Indian journal of veterinary science and animal husbandry - Volumes 15-17, 1948-1951
Year: 1948
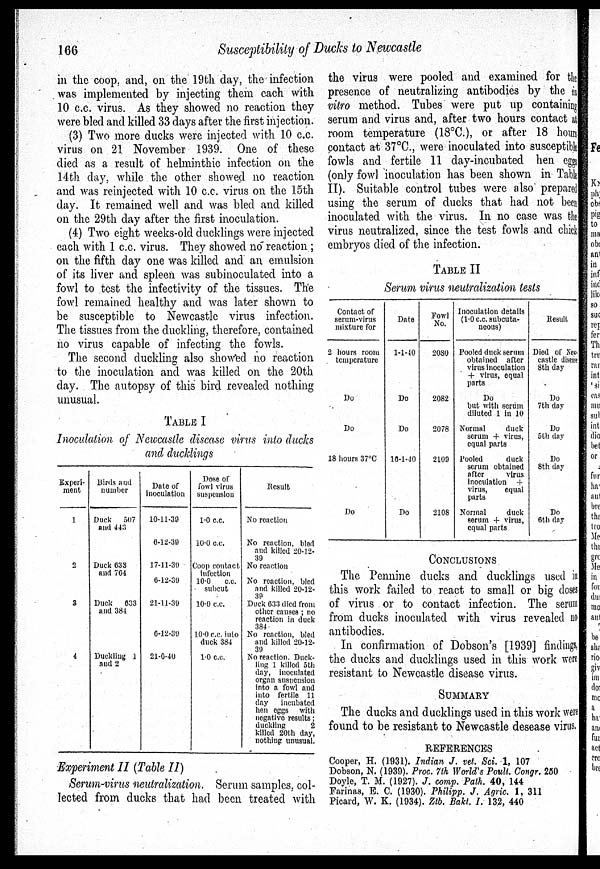
166
Susceptibility of Ducks to Newcastle
in the coop, and, on the 19th day, the infection
was implemented by injecting them each with
10 c.c. virus. As they showed no reaction they
were bled and killed 33 days after the first injection.
(3) Two more ducks were injected with 10 c.c.
virus on 21 November 1939. One of these
died as a result of helminthic infection on the
14th day, while the other showed no reaction
and was reinjected with 10 c.c. virus on the 15th
day. It remained well and was bled and killed
on the 29th day after the first inoculation.
(4) Two eight weeks-old ducklings were injected
each with 1 c.c. virus. They showed no reaction;
on the fifth day one was killed and an emulsion
of its liver and spleen was subinoculated into a
fowl to test the infectivity of the tissues. The
fowl remained healthy and was later shown to
be susceptible to Newcastle virus infection.
The tissues from the duckling, therefore, contained
no virus capable of infecting the fowls.
The second duckling also showed no reaction
to the inoculation and was killed on the 20th
day. The autopsy of this bird revealed nothing
unusual.
TABLE I
Inoculation of Newcastle disease virus into ducks
and ducklings
Experi-
ment
1
2
3
4
Birds and
number
Duck
507
and 443
Duck 633
and 764
Duck
633
and 384
Duckling 1
and 2
Date of
inoculation
10-11-39
6-12-39
17-11-39
6-12-39
21-11-39
6-12-39
21-6-40
Dose of
fowl virus
suspension
1.0 c.c.
10.0 c.c.
Coop contact
infection
10.0
c.c.
subcut
10.0 c.c.
10.0 c.c. into
duck 384
1.0 c.c.
Result
No reaction
No reaction, bled
and killed 20-12-
39
No reaction
No reaction, bled
and killed 20-12-
39
Duck 633 died from
other causes; no
reaction in duck
384
No reaction, bled
and lulled 20-12-
39
No reaction. Duck-
ling 1 killed 5th
day, inoculated
organ suspension
into a fowl and
into fertile 11
day
incubated
hen eggs with
negative results;
duckling
2
killed 20th day,
nothing unusual.
Experiment II (Table II)
Serum-virus neutralization. Serum samples, col-
lected from ducks that had been treated with
the virus were pooled and examined for the
presence of neutralizing antibodies by the in
vitro method. Tubes were put up containing
serum and virus and, after two hours contact at
room temperature (18ºC.), or after 18 hours
contact at 37ºC., were inoculated into susceptible
fowls and fertile 11 day-incubated hen eggs
(only fowl inoculation has been shown in Table
II). Suitable control tubes were also prepared
using the serum of ducks that had not been
inoculated with the virus. In no case was the
virus neutralized, since the test fowls and chick
embryos died of the infection.
TABLE II
Serum virus neutralization tests
Contact of
serum-virus
mixture for
2 hours room
temperature
Do
Do
18 hours 37ºC
Do
Date
1-1-40
Do
Do
16-1-40
Do
Fowl
No.
2080
2082
2078
2109
2108
Inoculation details
(1.0 c.c. subcuta-
neous)
Pooled duck serum
obtained after
virus inoculation
+ virus, equal
parts
Do
but with serum
diluted 1 in 10
Normal
duck
serum + virus,
equal parts
Pooled
duck
serum obtained
after
virus
inoculation
+
virus,
equal
parts
Normal
duck
serum + virus,
equal parts
Result
Died of New
castle discase
8th day
Do
7th day
Do
5th day
Do
8th day
Do
6th day
CONCLUSIONS
The Pennine ducks and ducklings used i n
this work failed to react to small or big doses
of virus or to contact infection. The serum
from ducks inoculated with virus revealed no
antibodies.
In confirmation of Dobson's [1939] findings,
the ducks and ducklings used in this work were
resistant to Newcastle disease virus.
SUMMARY
The ducks and ducklings used in this work were
found to be resistant to Newcastle desease virus.
REFERENCES
Cooper, H. (1931). Indian J. vet. Sci. 1, 107
Dobson, N. (1939). Proc. 7th World's Poult. Congr. 250
Doyle, T. M. (1927). J. comp. Path. 40, 144
Farinas, E. C. (1930). Philipp. J. Agric. 1, 311
Picard, W. K. (1934). Ztb. Bakt. I. 132, 440